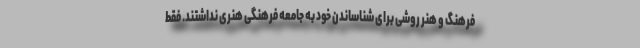
فرهنگ و هنر روشی برای شناساندن خود به جامعه فرهنگی هنری نداشتند. فقط